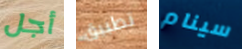
أجل تطبيق سينام